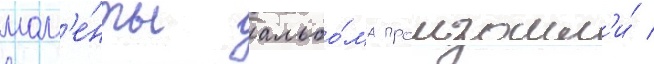
мом'е́нты альбо́ма произошл'и́ /